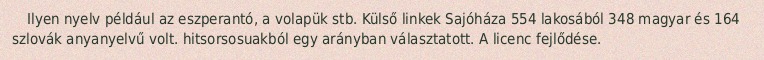
Ilyen nyelv például az eszperantó, a volapük stb. Külső linkek Sajóháza 554 lakosából 348 magyar és 164 szlovák anyanyelvű volt. hitsorsosuakból egy arányban választatott. A licenc fejlődése.